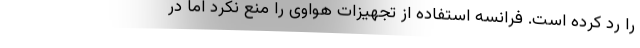
را رد کرده است. فرانسه استفاده از تجهیزات هواوی را منع نکرد اما در